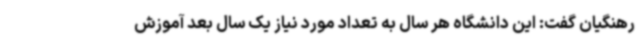
رهنگیان گفت: این دانشگاه هر سال به تعداد مورد نیاز یک سال بعد آموزش